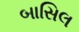
બાસિલ